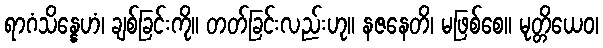
ရာဂံသိန္နေဟံ၊ ချစ်ခြင်းကို။ တတ်ခြင်းလည်းဟု။ နဇနေတိ၊ မဖြစ်စေ။ မုတ္တိယေဝ၊